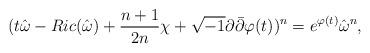
LaTeX: \begin{align*}(t\hat\omega-Ric(\hat\omega)+\frac{n+1}{2n}\chi+\sqrt{-1}\partial\bar\partial\varphi(t))^n=e^{\varphi(t)}\hat\omega^n,\end{align*}